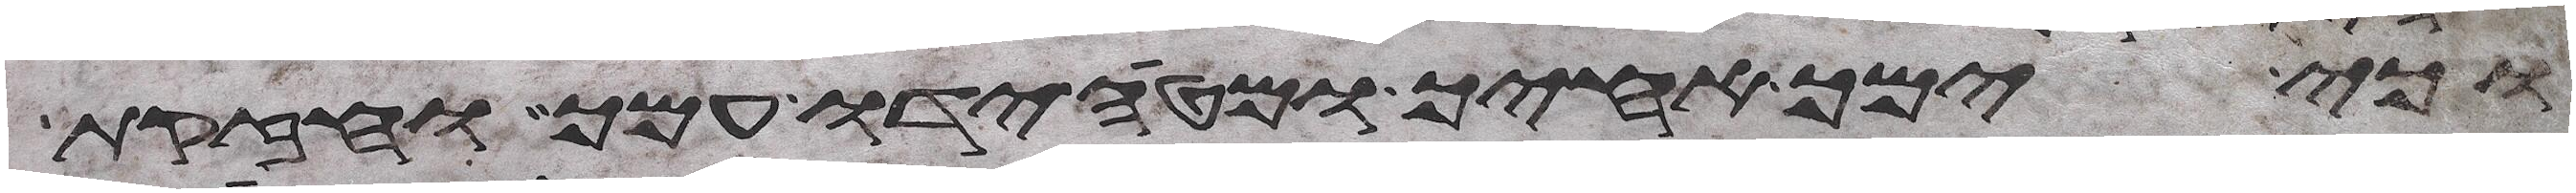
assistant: וכי ימך אחיך ומטה ידו עמך וחזקת